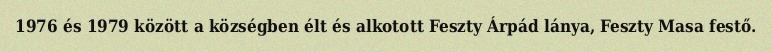
1976 és 1979 között a községben élt és alkotott Feszty Árpád lánya, Feszty Masa festő.